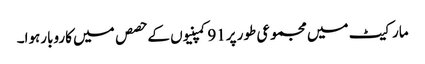
مارکیٹ میں مجموعی طور پر91کمپنیوں کے حصص میں کاروبارہوا۔